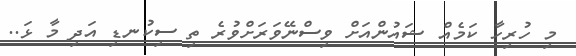
މި ހުރިހާ ކަމެއް ޝައުންއަށް ވިސްނޭވަރަށްވުރެ ތި ސިކުނޑި އަދި މާ ޅަ..